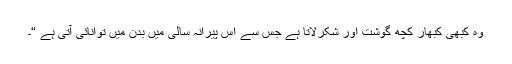
وہ کبھی کبھار کچھ گوشت اور شکرلاتا ہے جس سے اس پیرانہ سالی میں بدن میں توانائی آتی ہے “۔